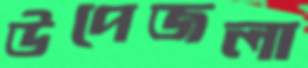
উপেজলা